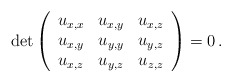
\begin{align*}\det \left( \begin{array}{ccc}u_{x,x} & u_{x,y} & u_{x,z} \\u_{x,y} & u_{y,y} & u_{y,z} \\u_{x,z} & u_{y,z} & u_{z,z}\end{array} \right) = 0\,.\end{align*}